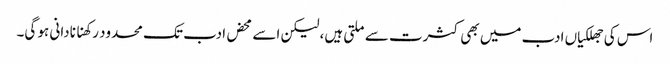
اس کی جھلکیاں ادب میں بھی کثرت سے ملتی ہیں، لیکن اسے محض ادب تک محدود رکھنا نادانی ہو گی۔